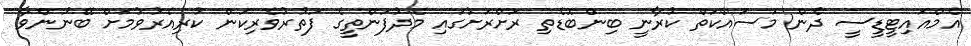
އެމްއައިޓީޑީސީ ދެން މަސައްކަތް ކުރާނީ ބިންބޮޑެތި ރަށްރަށުގައި މެދުފަންތީގެ ފަތުރުވެރިކަން ކުރިއެރުވުމަށް ބޭނުންވާ